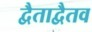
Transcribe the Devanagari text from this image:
द्वैताद्वैतव